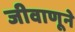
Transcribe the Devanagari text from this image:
जीवाणूने